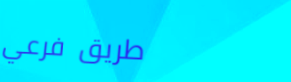
طريق فرعي